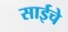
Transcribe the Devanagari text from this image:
साईचे